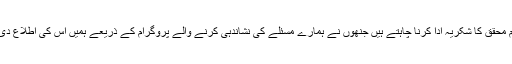
ہم محقق کا شکریہ ادا کرنا چاہتے ہیں جنھوں نے ہمارے مسئلے کی نشاندہی کرنے والے پروگرام کے ذریعے ہمیں اس کی اطلاع دی۔